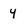
Character: 4